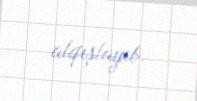
alqışlayıb.